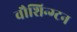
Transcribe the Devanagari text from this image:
वौशिन्ग्टन